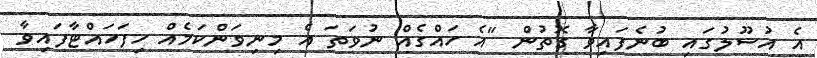
އެ އުސޫލުގައި ބުނެފައިވާ ގޮތުން "އެ ހައްގެއް ނުވަތަ އެ މިނިވަންކަމެއް ހިފަހައްޓާފައިވާ